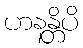
ဟနန္တိပိ